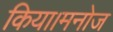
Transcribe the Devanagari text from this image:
किया।मनोज